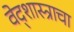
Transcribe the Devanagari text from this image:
वेद्शास्त्राचा